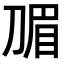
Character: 𭃽